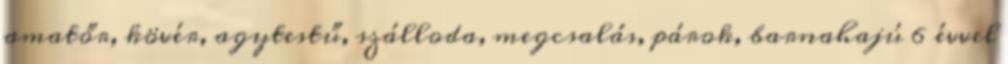
amatőr, kövér, agytestű, szálloda, megcsalás, párok, barnahajú 6 évvel